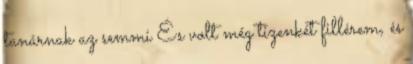
tanárnak az semmi És volt még tizenkét fillérem, és